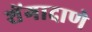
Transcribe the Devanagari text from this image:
शेंगादाणे